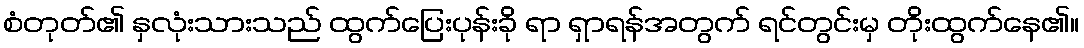
စံတုတ်၏ နှလုံးသားသည် ထွက်ပြေးပုန်းခို ရာ ရှာရန်အတွက် ရင်တွင်းမှ တိုးထွက်နေ၏။